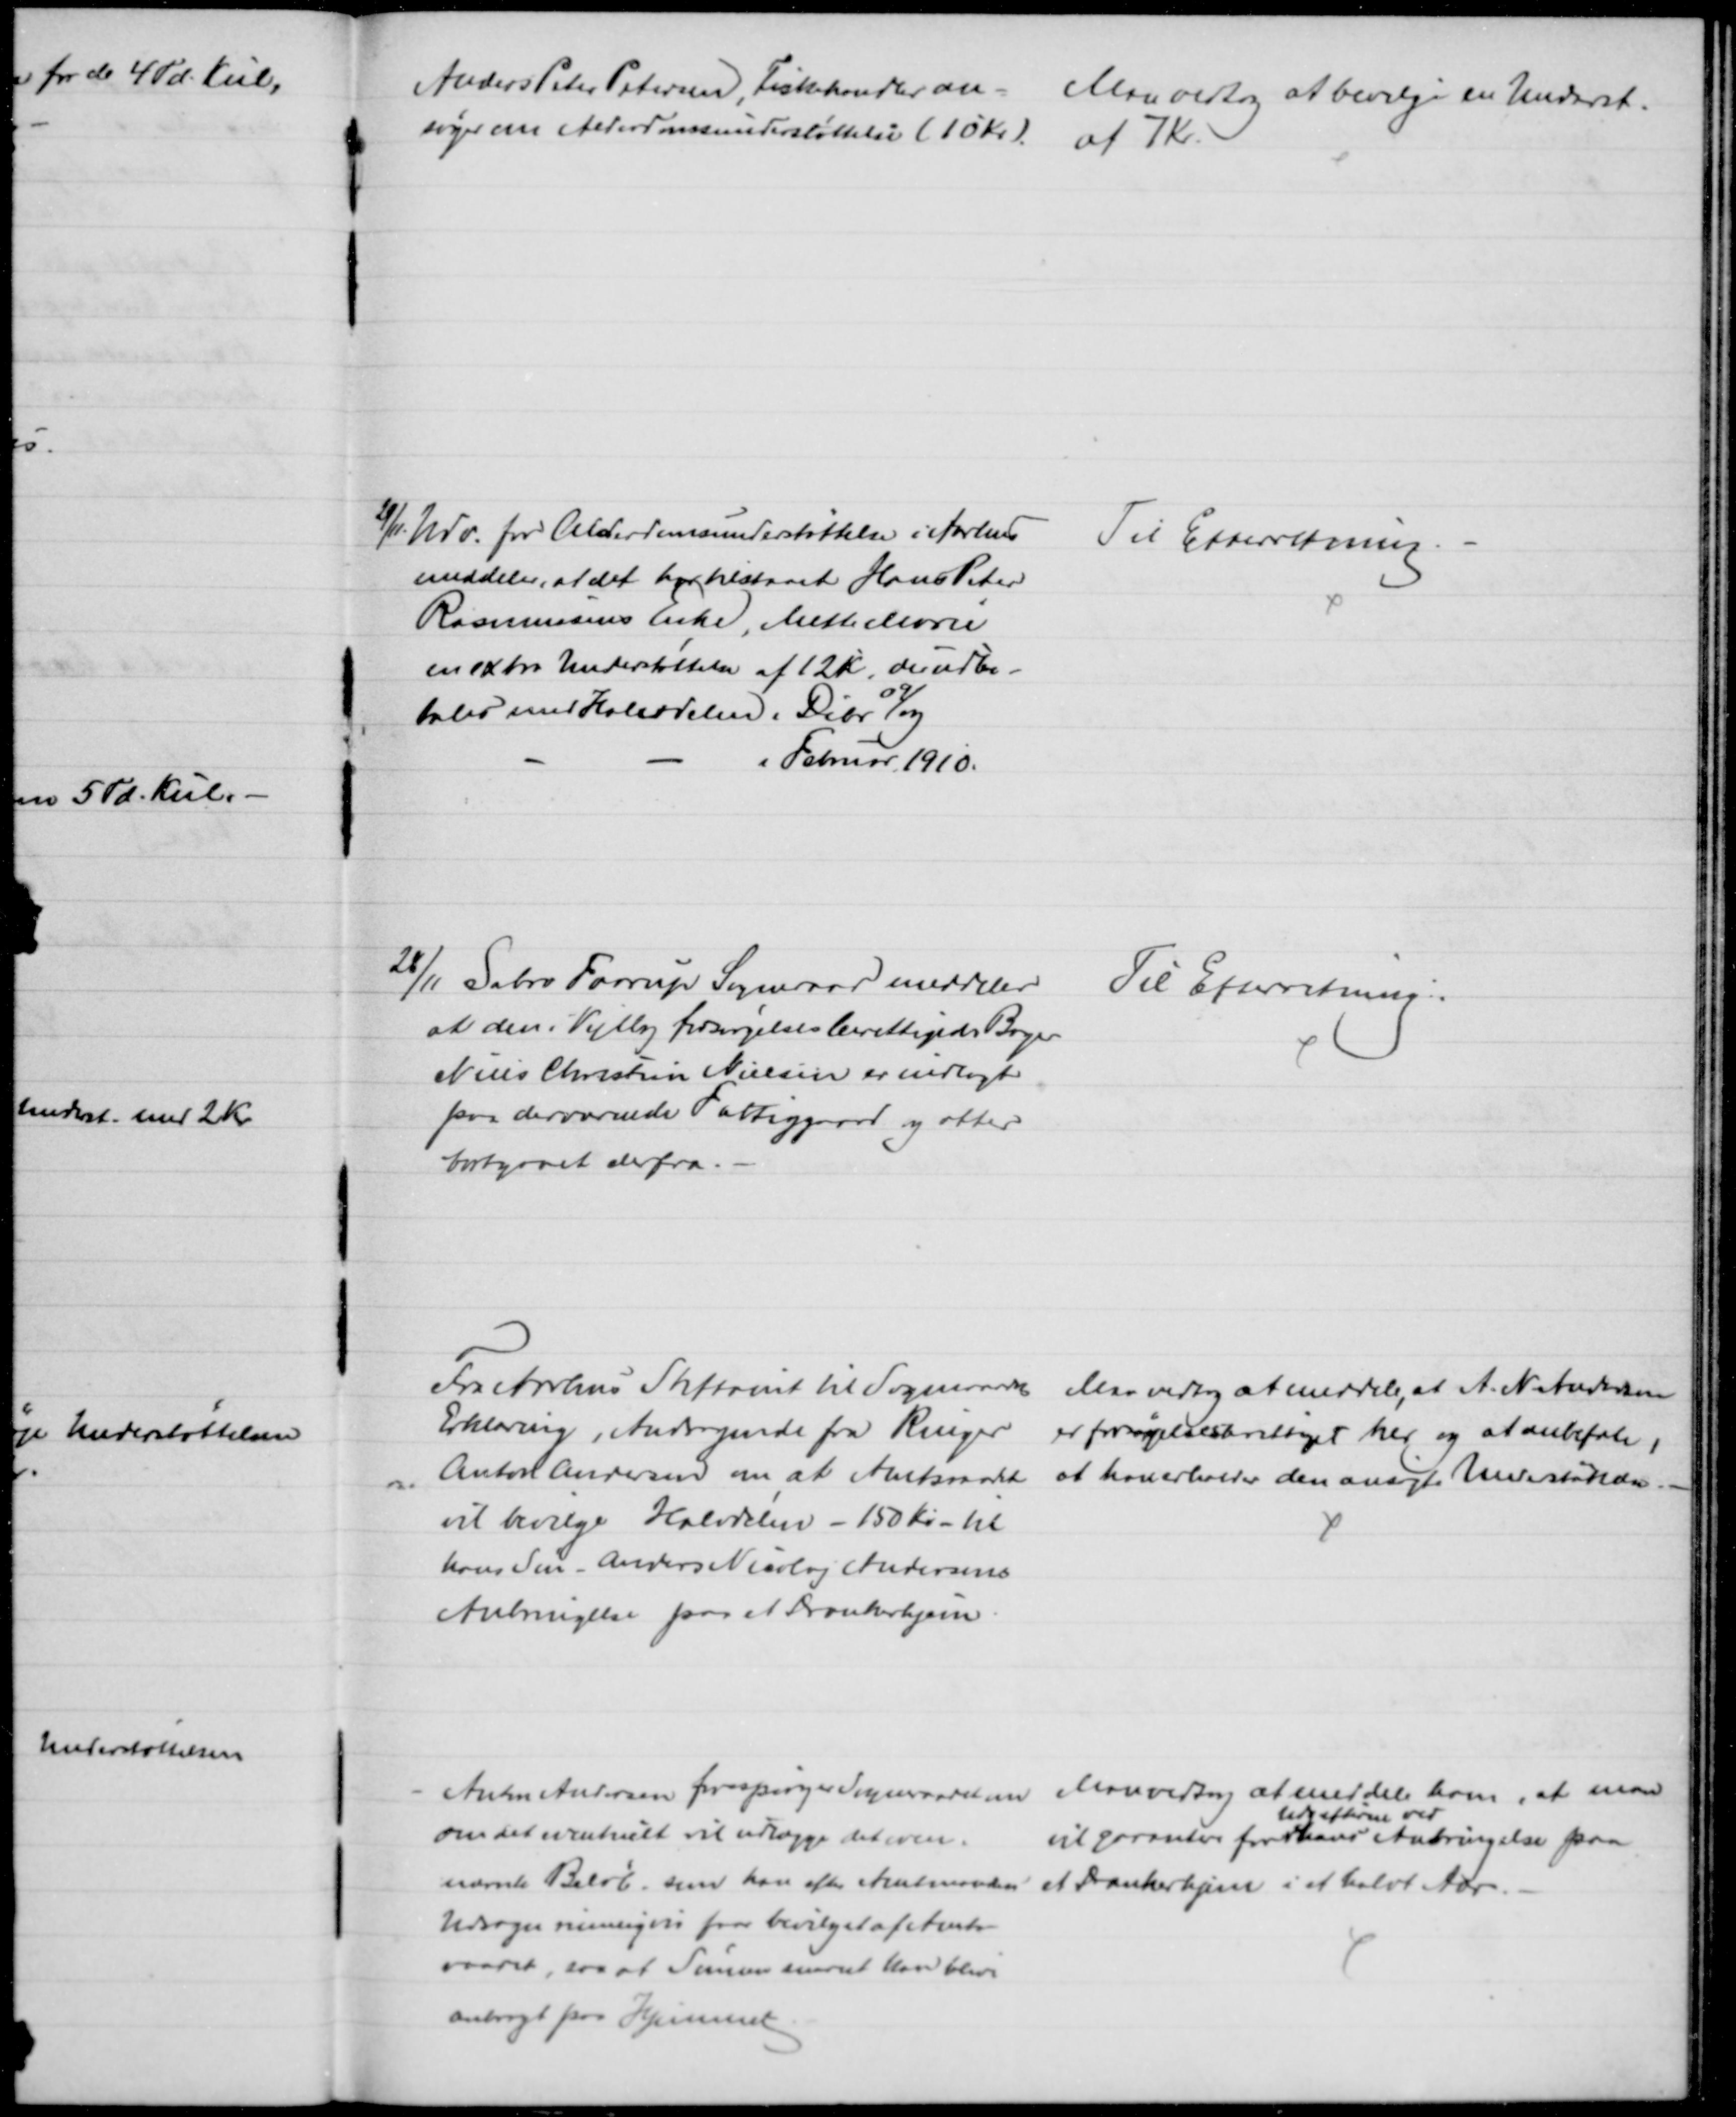
Transskription:
Anders Peter Petersen, Fiskehandler an- 
søger om Alderdomsunderstøttelse (10 Kr)
Man vedtog at bevilge en Underst.
af 7 Kr.
29/11. Udv. for Alderdomsunderstøttelse i Aarhus
meddeler, at det har tilstaaet Hans Peter
Rasmussens Enke, Mette Marie
en extra Understøttelse af 12 Kr, der udbe-
tales med Halvdelen i Debr 
09
og
i Februar 1910.
Til Efterretning.
28/11 Sabro Faarup Sogneraad meddeler
at den i Vejlby forsørgelsesberettigede Bager
Niels Christian Nielsen er indlagt
paa derværende Fattiggaard og atter 
bortgaaet derfra.
Til Efterretning.
Fra Aarhus Stiftamt til Sogneraadets
Erklæring, Andragende fra Ringer
Anton Andersen om at Amtsraadet
vil bevilge Halvdelen - 150 Kr - til
hans Søn - Anders Nicolaj Andersens
Anbringelse paa et Drankerhjem
Man vedtog at meddele, at A. N. Andersen
er forsørgelsesberettiget her og at anbefale,
at han erholder den ansøgte Understøttelse.
Anton Andersen forespørger Sogneraadet om
om det eventuelt vil udlægge det oven-
nævnte Beløb som han efter Amtmandens
Udsagn rimeligvis faar bevilget af Amts-
raadet, saa at Sønnen snarest kan blive
anbragt paa Hjemmet.
Man vedtog at meddele ham, at man
vil garantere for 
udgifterne ved
hans Anbringelse paa
et Drankerhjem i et halvt Aar.